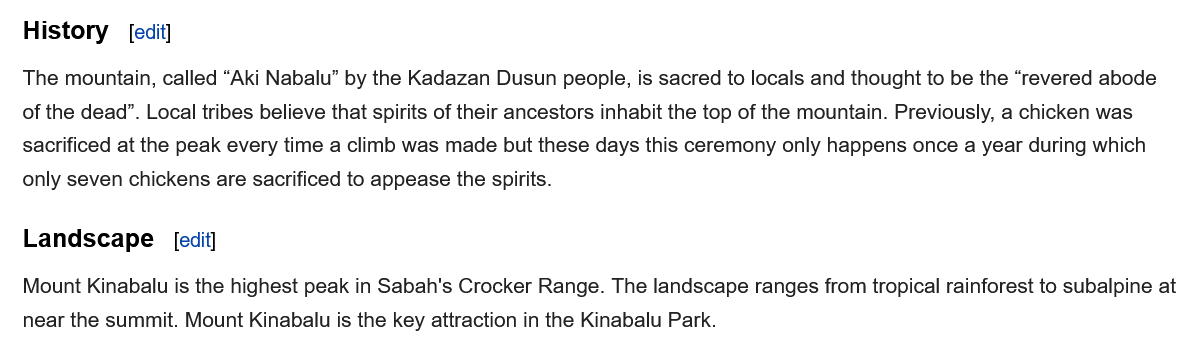
History
   Landscape    [edit]
   The mountain, called “Aki Nabalu” by the Kadazan Dusun people, is sacred to locals and thought to be the “revered abode
   of the dead”. Local tribes believe that spirits of their ancestors inhabit the top of the mountain. Previously, a chicken was
   sacrificed at the peak every time a climb was made but these days this ceremony only happens once a year during which
   only seven chickens are sacrificed to appease the spirits.
   Mount Kinabalu is the highest peak in Sabah's Crocker Range. The landscape ranges from tropical rainforest to subalpine at
   near the summit. Mount Kinabalu is the key attraction in the Kinabalu Park.